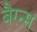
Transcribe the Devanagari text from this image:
बैरन्स